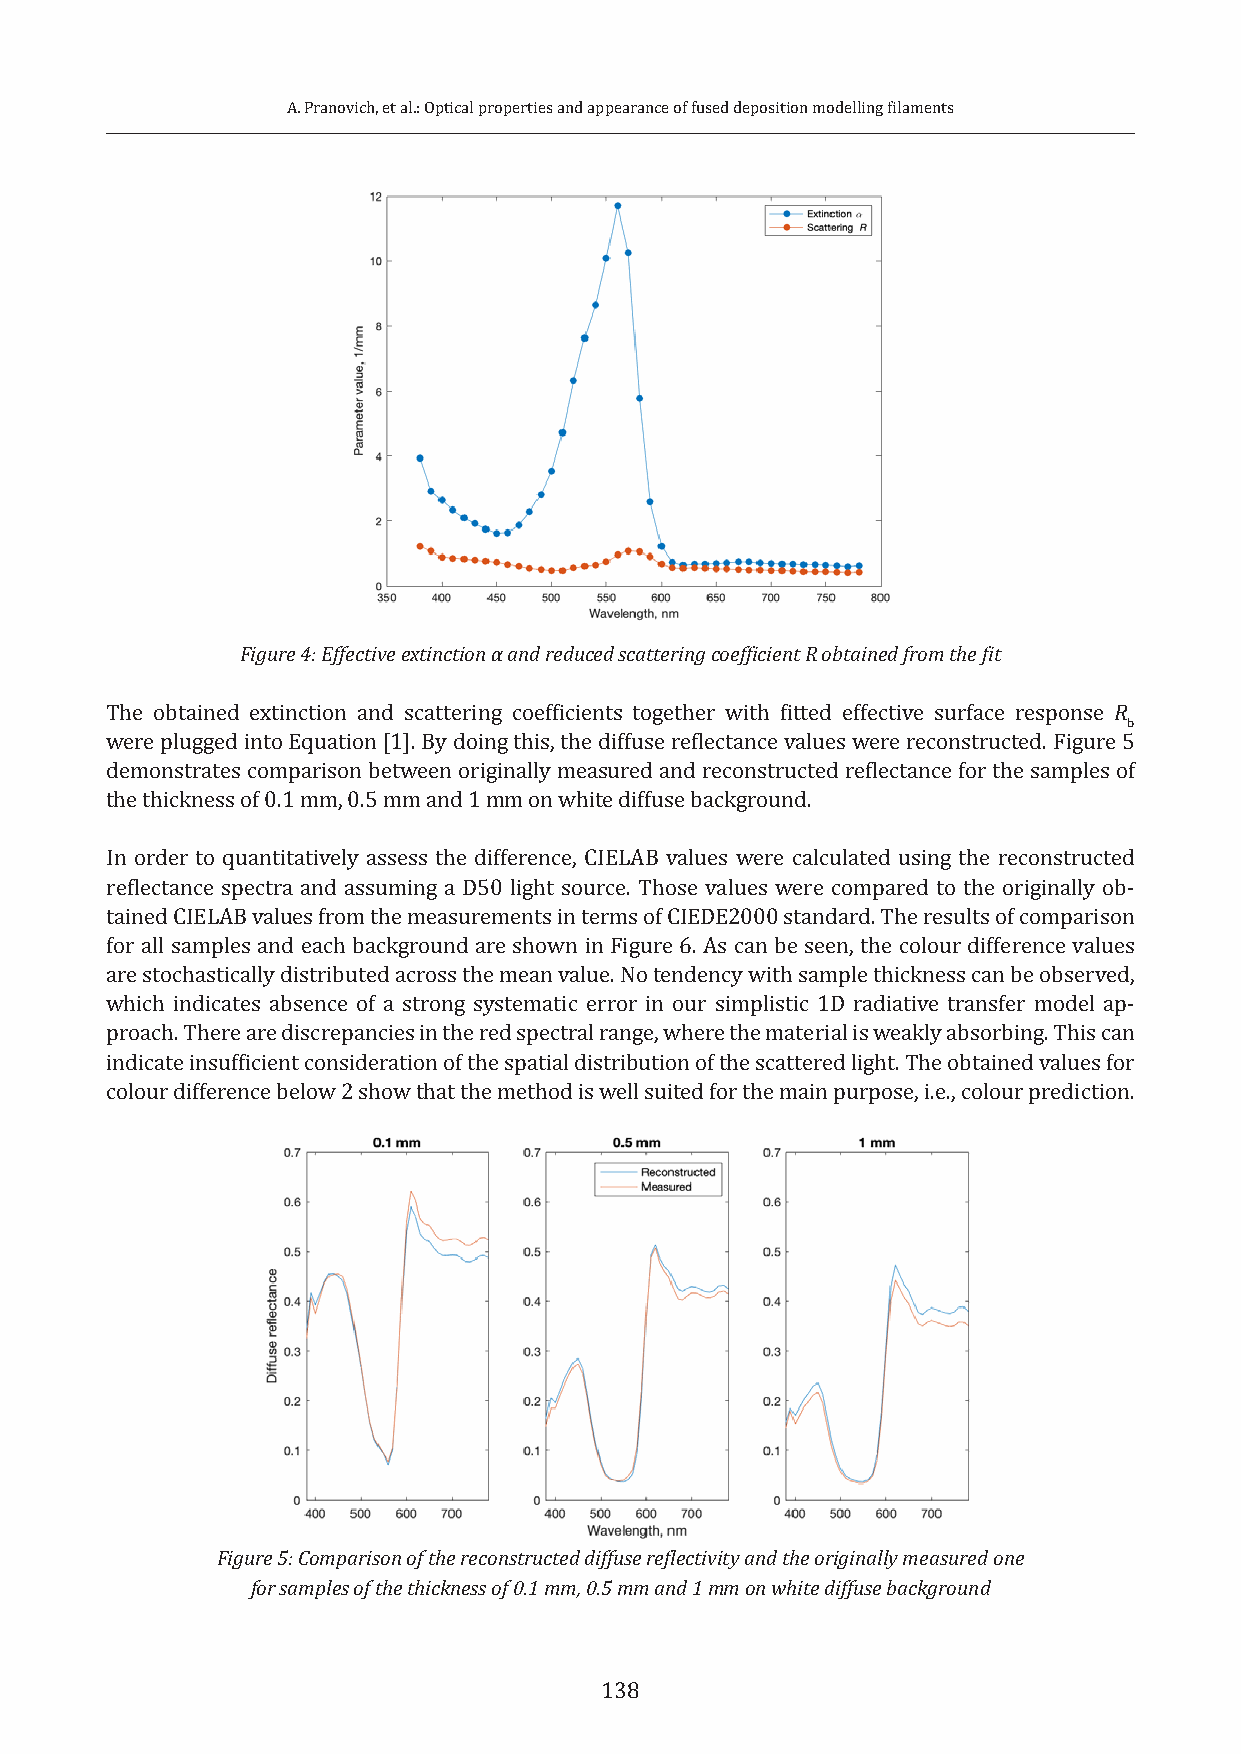
A. Pranovich, et al.: Optical properties and appearance of fused deposition modelling filaments
 Figure 4: Effective extinction α and reduced scattering coefficient R obtained from the fit
 The obtained extinction and scattering coefficients together with fitted effective surface response R
 b
 were plugged into Equation [1]. By doing this, the diffuse reflectance values were reconstructed. Figure 5
 demonstrates comparison between originally measured and reconstructed reflectance for the samples of
 the thickness of 0.1 mm, 0.5 mm and 1 mm on white diffuse background.
 In order to quantitatively assess the difference, CIELAB values were calculated using the reconstructed
 reflectance spectra and assuming a D50 light source. Those values were compared to the originally ob-
 tained CIELAB values from the measurements in terms of CIEDE2000 standard. The results of comparison
 for all samples and each background are shown in Figure 6. As can be seen, the colour difference values
 are stochastically distributed across the mean value. No tendency with sample thickness can be observed,
 which indicates absence of a strong systematic error in our simplistic 1D radiative transfer model ap-
 proach. There are discrepancies in the red spectral range, where the material is weakly absorbing. This can
 indicate insufficient consideration of the spatial distribution of the scattered light. The obtained values for
 colour difference below 2 show that the method is well suited for the main purpose, i.e., colour prediction.
 Figure 5: Comparison of the reconstructed diffuse reflectivity and the originally measured one
 for samples of the thickness of 0.1 mm, 0.5 mm and 1 mm on white diffuse background
 138